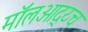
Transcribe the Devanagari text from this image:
मॉलओद्य्च